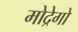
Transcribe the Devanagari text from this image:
मोद्रेगो